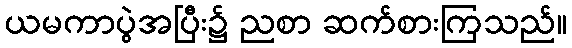
ယမကာပွဲအပြီး၌ ညစာ ဆက်စားကြသည်။